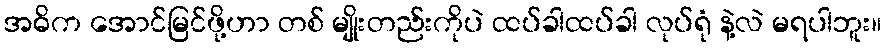
အဓိက အောင်မြင်ဖို့ဟာ တစ် မျိုးတည်းကိုပဲ ထပ်ခါထပ်ခါ လုပ်ရုံ နဲ့လဲ မရပါဘူး။